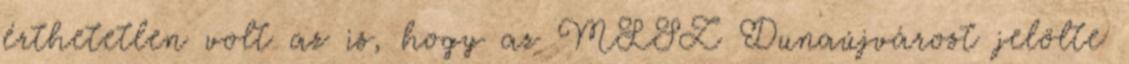
érthetetlen volt az is, hogy az MLSZ Dunaújvárost jelölte